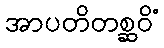
အာပတိတစ္ဆဝိံ